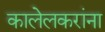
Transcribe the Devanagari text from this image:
कालेलकरांना